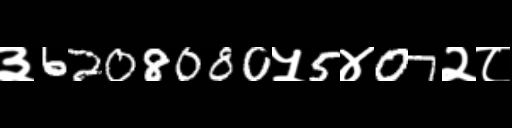
Text: ३6208080५5४07२८